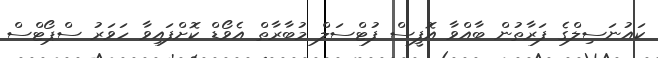
ކައުނަސިލްގެ ފަރާތުން ބާއްވާ އޮފީސް ފުޓްސަލް މުބާރާތް އެވޯޑް ކޮށްފައިވާ ހަވަރު ސްޕޯޓްސް